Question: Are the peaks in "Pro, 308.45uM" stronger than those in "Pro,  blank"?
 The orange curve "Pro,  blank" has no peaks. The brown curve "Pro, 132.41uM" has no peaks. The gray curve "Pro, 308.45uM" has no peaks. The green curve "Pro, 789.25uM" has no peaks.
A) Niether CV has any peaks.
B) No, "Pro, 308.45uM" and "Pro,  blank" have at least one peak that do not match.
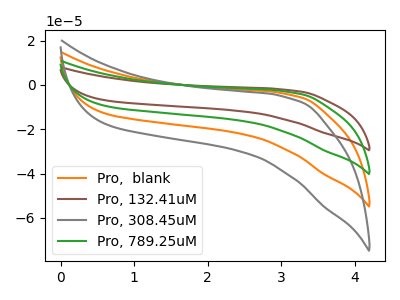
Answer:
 <answer>A) Niether CV has any peaks.</answer>
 <eval>A</eval>